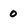
Character: 0